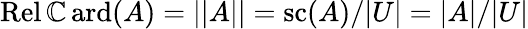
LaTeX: \operatorname{Rel\mathbb{C}ard}(A)=||A||=\operatorname{sc}(A)/|U|=|A|/|U|